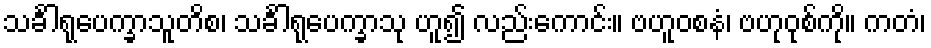
သင်္ခါရုပေက္ခာသူတိစ၊ သင်္ခါရုပေက္ခာသု ဟူ၍ လည်းကောင်း။ ဗဟူဝစနံ၊ ဗဟုဝုစ်ကို။ ကတံ၊